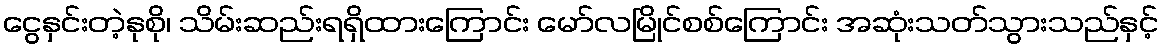
ငွေနှင်းတဲ့နုစို၊ သိမ်းဆည်းရရှိထားကြောင်း မော်လမြိုင်စစ်ကြောင်း အဆုံးသတ်သွားသည်နှင့်